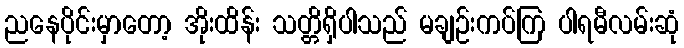
ညနေပိုင်းမှာတော့ အိုးထိန်း သတ္တိရှိပါသည် မချဉ်းကပ်ကြ ပါရမီလမ်းဆုံ